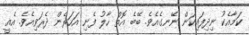
ކަމާއެކު ނިދިފައިކަން ނޭނގެއެވެ. ބޭބެ އޮތް ހާލު ފެނި އަހަރެން ދެރަވިއެވެ. އެއީ